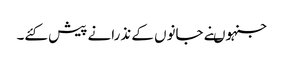
جنہوںنے جانوں کے نذرانے پیش کئے۔